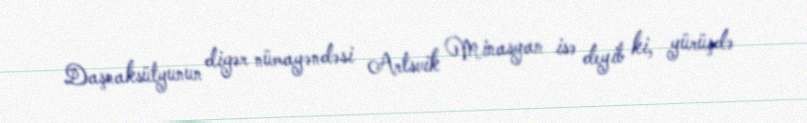
Daşnaksütyunun digər nümayəndəsi Artsvik Minasyan isə deyib ki, yürüşdə